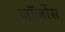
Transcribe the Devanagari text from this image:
जॉर्जोस